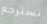
نسترجع